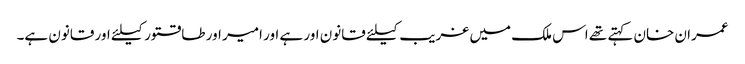
عمران خان کہتے تھے اس ملک میں غریب کیلئے قانون اور ہے اور امیر اور طاقتور کیلئے اور قانون ہے۔